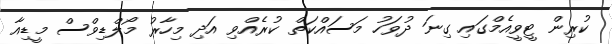
ކުރިން ޓީވީއެމްގައި ގިނަ ދުވަހު މަސައްކަތް ކުރެއްވި އަދި މިހާރު މޯލްޑިވްސް މީޑިއާ